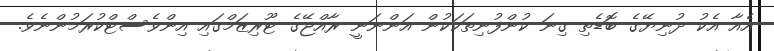
އެއާ އެކު ދުނިޔޭގެ ބޮޑެތި ގިނަ ކުންފުނިތަކަކުން އަންނަނީ ރާއްޖޭގެ ޓޫރިޒަމްގައި އިންވެސްޓްކުރަމުންނެވެ.